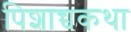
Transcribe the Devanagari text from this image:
पिशाच्चकथा